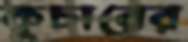
কুচারের